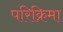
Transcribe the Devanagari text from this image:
परिक्रिमा